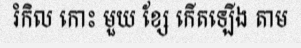
រំកិល កោះ មួយ ខ្សែ កើតឡើង តាម